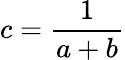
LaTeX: c=\frac{1}{a+b}